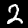
Label: 2